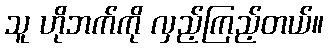
သူ ဟိုဘက်ကို လှည့်ကြည့်တယ်။